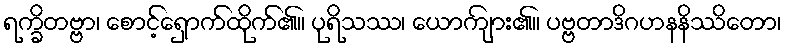
ရက္ခိတဗ္ဗာ၊ စောင့်ရှောက်ထိုက်၏။ ပုရိသဿ၊ ယောကျ်ား၏။ ပဗ္ဗတာဒိဂဟနနိဿိတော၊